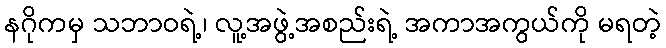
နဂိုကမှ သဘာဝရဲ့၊ လူ့အဖွဲ့အစည်းရဲ့ အကာအကွယ်ကို မရတဲ့